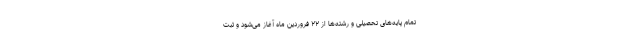
تمام پایه‌های تحصیلی و رشته‌ها از ۲۲ فروردین ماه آغاز می‌شود و ثبت